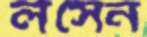
লসেন